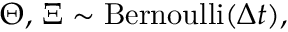
\Theta , \, \Xi \sim \operatorname { B e r n o u l l i } ( \Delta { t } ) ,